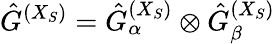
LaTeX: \hat{G}^{(X_{S})}=\hat{G}_{\alpha}^{(X_{S})}\otimes\hat{G}_{\beta}^{(X_{S})}